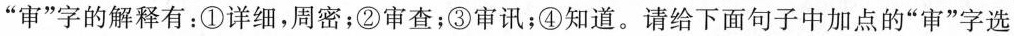
”审”字的解释有：①详细，周密；②审查；③审讯；④知道。请给下面句子中加点的”审”字选